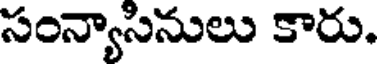
సంన్యాసినులు కారు.